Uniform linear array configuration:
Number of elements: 32
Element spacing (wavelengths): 1
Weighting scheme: hamming
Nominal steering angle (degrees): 15
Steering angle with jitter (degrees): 16.84
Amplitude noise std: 0.05
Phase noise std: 0.05

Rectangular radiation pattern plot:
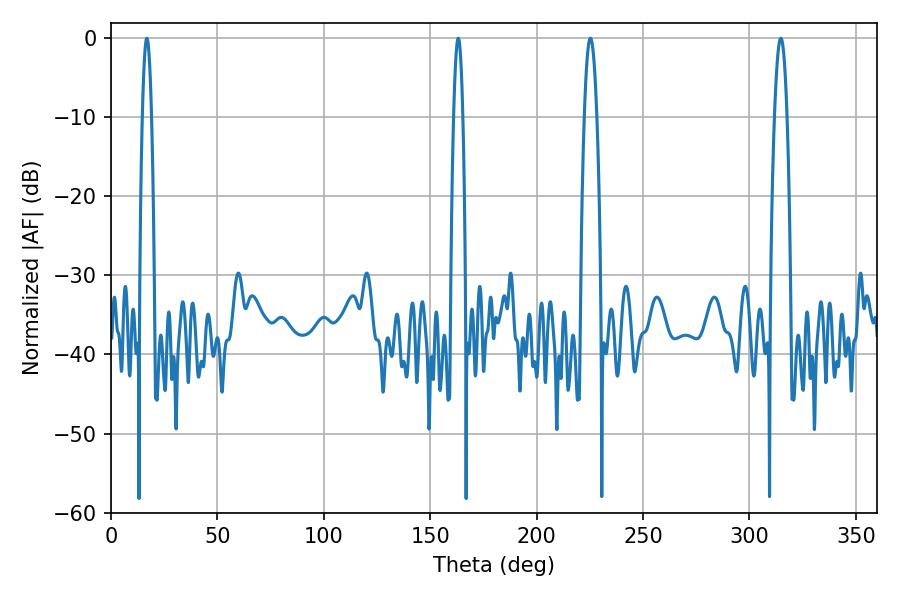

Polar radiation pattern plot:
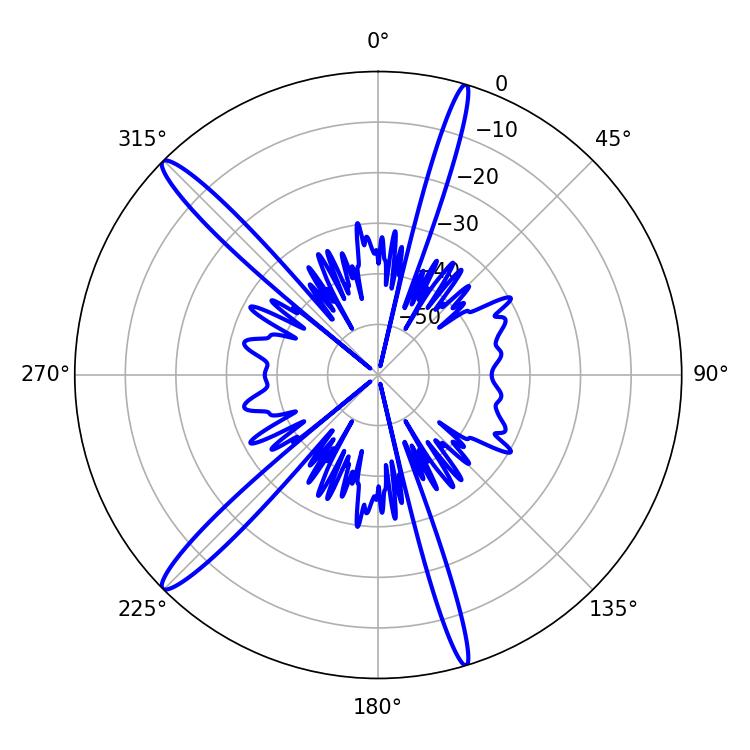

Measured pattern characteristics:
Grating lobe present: TRUE
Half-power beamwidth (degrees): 3.06
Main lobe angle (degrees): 225.18